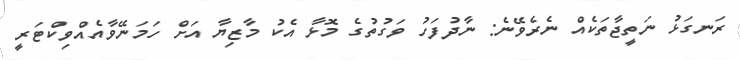
ރަނގަޅު ނަތީޖާތަކެއް ނެރެވޭނެ: ނާދުފަހު ވަގުތުގެ މޮޅާ އެކު މާޒިޔާ އަށް ހަމަނޭވާއެއްވިކްޓަރީ